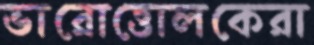
ভারোত্তোলকেরা